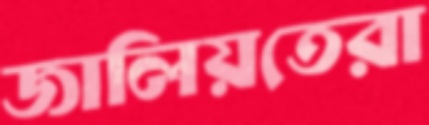
জালিয়তেরা